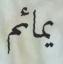
يمائم